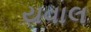
યવાલ